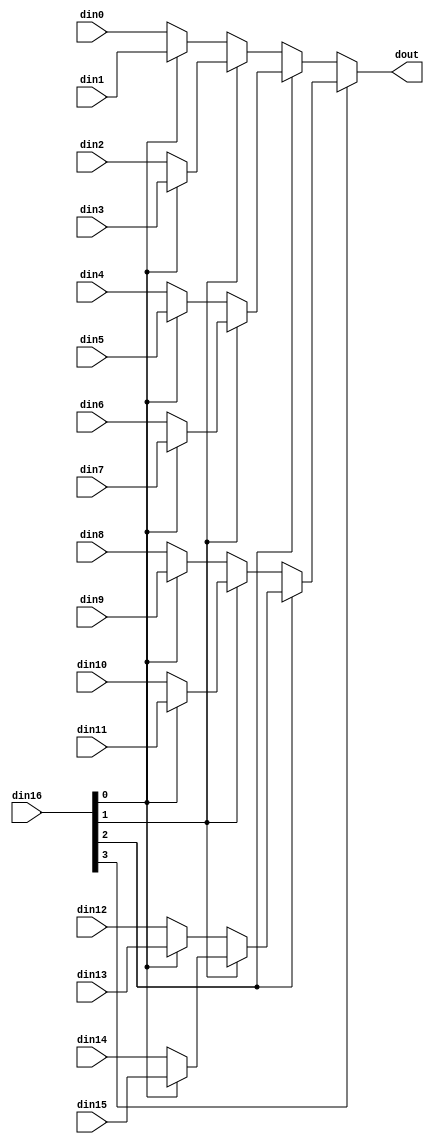
// ==============================================================
// Vivado(TM) HLS - High-Level Synthesis from C, C++ and SystemC v2020.1 (64-bit)
// Copyright 1986-2020 Xilinx, Inc. All Rights Reserved.
// ==============================================================

`timescale 1ns/1ps

module StreamingFCLayer_Batch_0_StreamingFCLayer_bkb #(
parameter
    ID                = 0,
    NUM_STAGE         = 1,
    din0_WIDTH       = 32,
    din1_WIDTH       = 32,
    din2_WIDTH       = 32,
    din3_WIDTH       = 32,
    din4_WIDTH       = 32,
    din5_WIDTH       = 32,
    din6_WIDTH       = 32,
    din7_WIDTH       = 32,
    din8_WIDTH       = 32,
    din9_WIDTH       = 32,
    din10_WIDTH       = 32,
    din11_WIDTH       = 32,
    din12_WIDTH       = 32,
    din13_WIDTH       = 32,
    din14_WIDTH       = 32,
    din15_WIDTH       = 32,
    din16_WIDTH         = 32,
    dout_WIDTH            = 32
)(
    input  [48 : 0]     din0,
    input  [48 : 0]     din1,
    input  [48 : 0]     din2,
    input  [48 : 0]     din3,
    input  [48 : 0]     din4,
    input  [48 : 0]     din5,
    input  [48 : 0]     din6,
    input  [48 : 0]     din7,
    input  [48 : 0]     din8,
    input  [48 : 0]     din9,
    input  [48 : 0]     din10,
    input  [48 : 0]     din11,
    input  [48 : 0]     din12,
    input  [48 : 0]     din13,
    input  [48 : 0]     din14,
    input  [48 : 0]     din15,
    input  [3 : 0]    din16,
    output [48 : 0]   dout);

// puts internal signals
wire [3 : 0]     sel;
// level 1 signals
wire [48 : 0]         mux_1_0;
wire [48 : 0]         mux_1_1;
wire [48 : 0]         mux_1_2;
wire [48 : 0]         mux_1_3;
wire [48 : 0]         mux_1_4;
wire [48 : 0]         mux_1_5;
wire [48 : 0]         mux_1_6;
wire [48 : 0]         mux_1_7;
// level 2 signals
wire [48 : 0]         mux_2_0;
wire [48 : 0]         mux_2_1;
wire [48 : 0]         mux_2_2;
wire [48 : 0]         mux_2_3;
// level 3 signals
wire [48 : 0]         mux_3_0;
wire [48 : 0]         mux_3_1;
// level 4 signals
wire [48 : 0]         mux_4_0;

assign sel = din16;

// Generate level 1 logic
assign mux_1_0 = (sel[0] == 0)? din0 : din1;
assign mux_1_1 = (sel[0] == 0)? din2 : din3;
assign mux_1_2 = (sel[0] == 0)? din4 : din5;
assign mux_1_3 = (sel[0] == 0)? din6 : din7;
assign mux_1_4 = (sel[0] == 0)? din8 : din9;
assign mux_1_5 = (sel[0] == 0)? din10 : din11;
assign mux_1_6 = (sel[0] == 0)? din12 : din13;
assign mux_1_7 = (sel[0] == 0)? din14 : din15;

// Generate level 2 logic
assign mux_2_0 = (sel[1] == 0)? mux_1_0 : mux_1_1;
assign mux_2_1 = (sel[1] == 0)? mux_1_2 : mux_1_3;
assign mux_2_2 = (sel[1] == 0)? mux_1_4 : mux_1_5;
assign mux_2_3 = (sel[1] == 0)? mux_1_6 : mux_1_7;

// Generate level 3 logic
assign mux_3_0 = (sel[2] == 0)? mux_2_0 : mux_2_1;
assign mux_3_1 = (sel[2] == 0)? mux_2_2 : mux_2_3;

// Generate level 4 logic
assign mux_4_0 = (sel[3] == 0)? mux_3_0 : mux_3_1;

// output logic
assign dout = mux_4_0;

endmodule